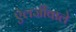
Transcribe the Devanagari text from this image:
ऐलर्जीवाले